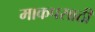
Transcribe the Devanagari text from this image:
माकपसाठी